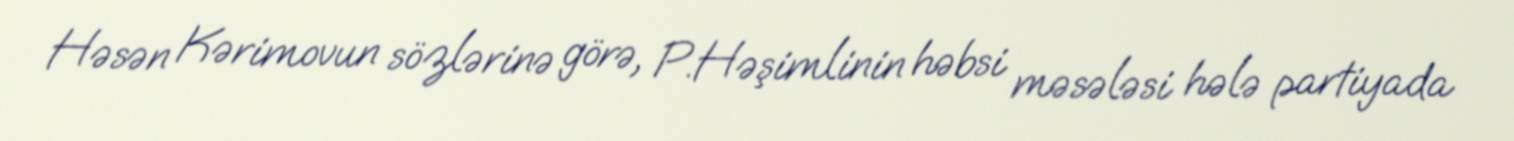
Həsən Kərimovun sözlərinə görə, P.Həşimlinin həbsi məsələsi hələ partiyada